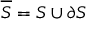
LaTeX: { \overline { { S } } } = S \cup \partial S